Lunatic asylums Madras 1892-1911 - 1892-1911
Year: 1892
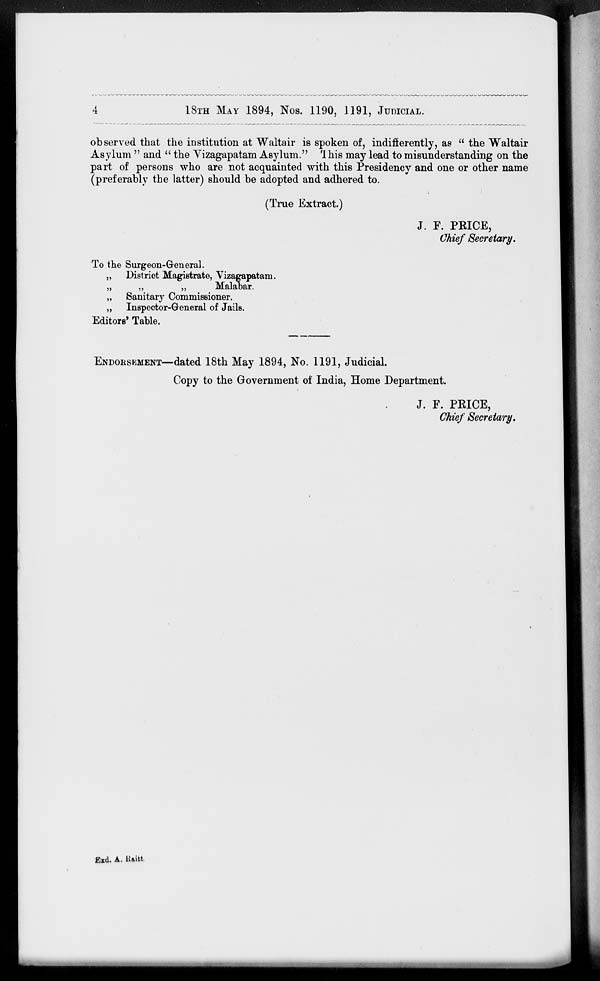
4
18TH
MAY
1894,
Nos.
1190,
1191,
JUDICIAL.
observed that the institution at Waltair is spoken of, indifferently, as " the Waltair
Asylum " and " the Vizagapatam Asylum." This may lead to misunderstanding on the
part of persons who are not acquainted with this Presidency and one or other name
(preferably the latter) should be adopted and adhered to.
(True Extract.)
J. F. PRICE,
Chief Secretary.
To the Surgeon-General.
„ District Magistrate, Vizagapatam.
„
„
„
Malabar.
„ Sanitary Commissioner.
„ Inspector-General of Jails.
Editors' Table.
ENDORSEMENT—dated 18th May 1894, No. 1191, Judicial.
Copy to the Government of India, Home Department.
J. F. PRICE,
Chief Secretary.
Exd. A. Raitt